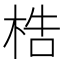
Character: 梏